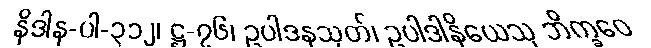
နိဒါန-ပါ-၃၁၂၊ ဋ္ဌ-၇၆၊ ဥပါဒနသုတ်၊ ဥပါဒါနိယေသု ဘိက္ခဝေ